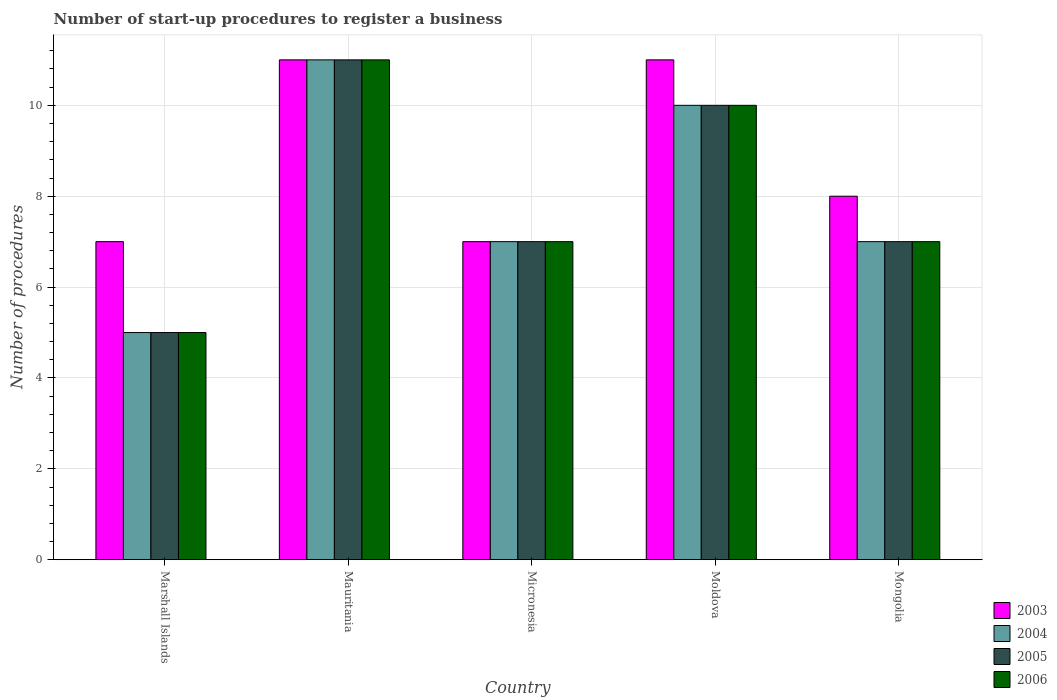
| Country | 2003 | 2004 | 2005 | 2006 |
 | --- | --- | --- | --- | --- |
 | Marshall Islands | 7 | 5 | 5 | 5 |
 | Mauritania | 11 | 11 | 11 | 11 |
 | Micronesia | 7 | 7 | 7 | 7 |
 | Moldova | 11 | 10 | 10 | 10 |
 | Mongolia | 8 | 7 | 7 | 7 |